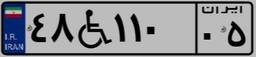
۴۸W۱۱۰۰۵